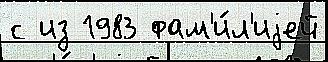
с из 1983 фам'и́л'иjей